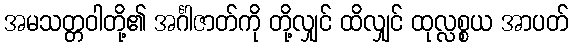
အမသတ္တဝါတို့၏ အင်္ဂါဇာတ်ကို တို့လျှင် ထိလျှင် ထုလ္လစ္စယ အာပတ်